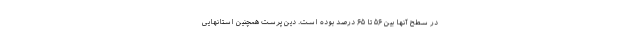
در سطح آنها بین ۵۶ تا ۶۵ درصد بوده است. دین پرست همچنین استانهایی